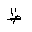
Letter: _za